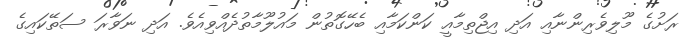
ރަށުގެ މޫލިވެރިންނާއި އަދި އިޖްތިމާއީ ކަންކަމާއި ބެހޭގޮތުން މައުލޫމާތުދެއްވިއެވެ. އަދި ނަވާރަ ސަތޭކައިގެ